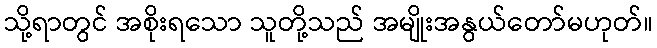
သို့ရာတွင် အစိုးရသော သူတို့သည် အမျိုးအနွယ်တော်မဟုတ်။